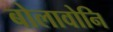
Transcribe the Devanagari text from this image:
बोलावोनि